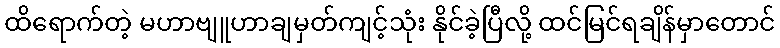
ထိရောက်တဲ့ မဟာဗျူဟာချမှတ်ကျင့်သုံး နိုင်ခဲ့ပြီလို့ ထင်မြင်ရချိန်မှာတောင်